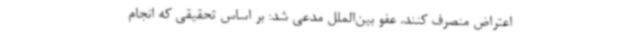
اعتراض منصرف کنند. عفو بین‌الملل مدعی شد: بر اساس تحقیقی که انجام